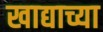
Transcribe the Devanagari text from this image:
खाद्याच्या